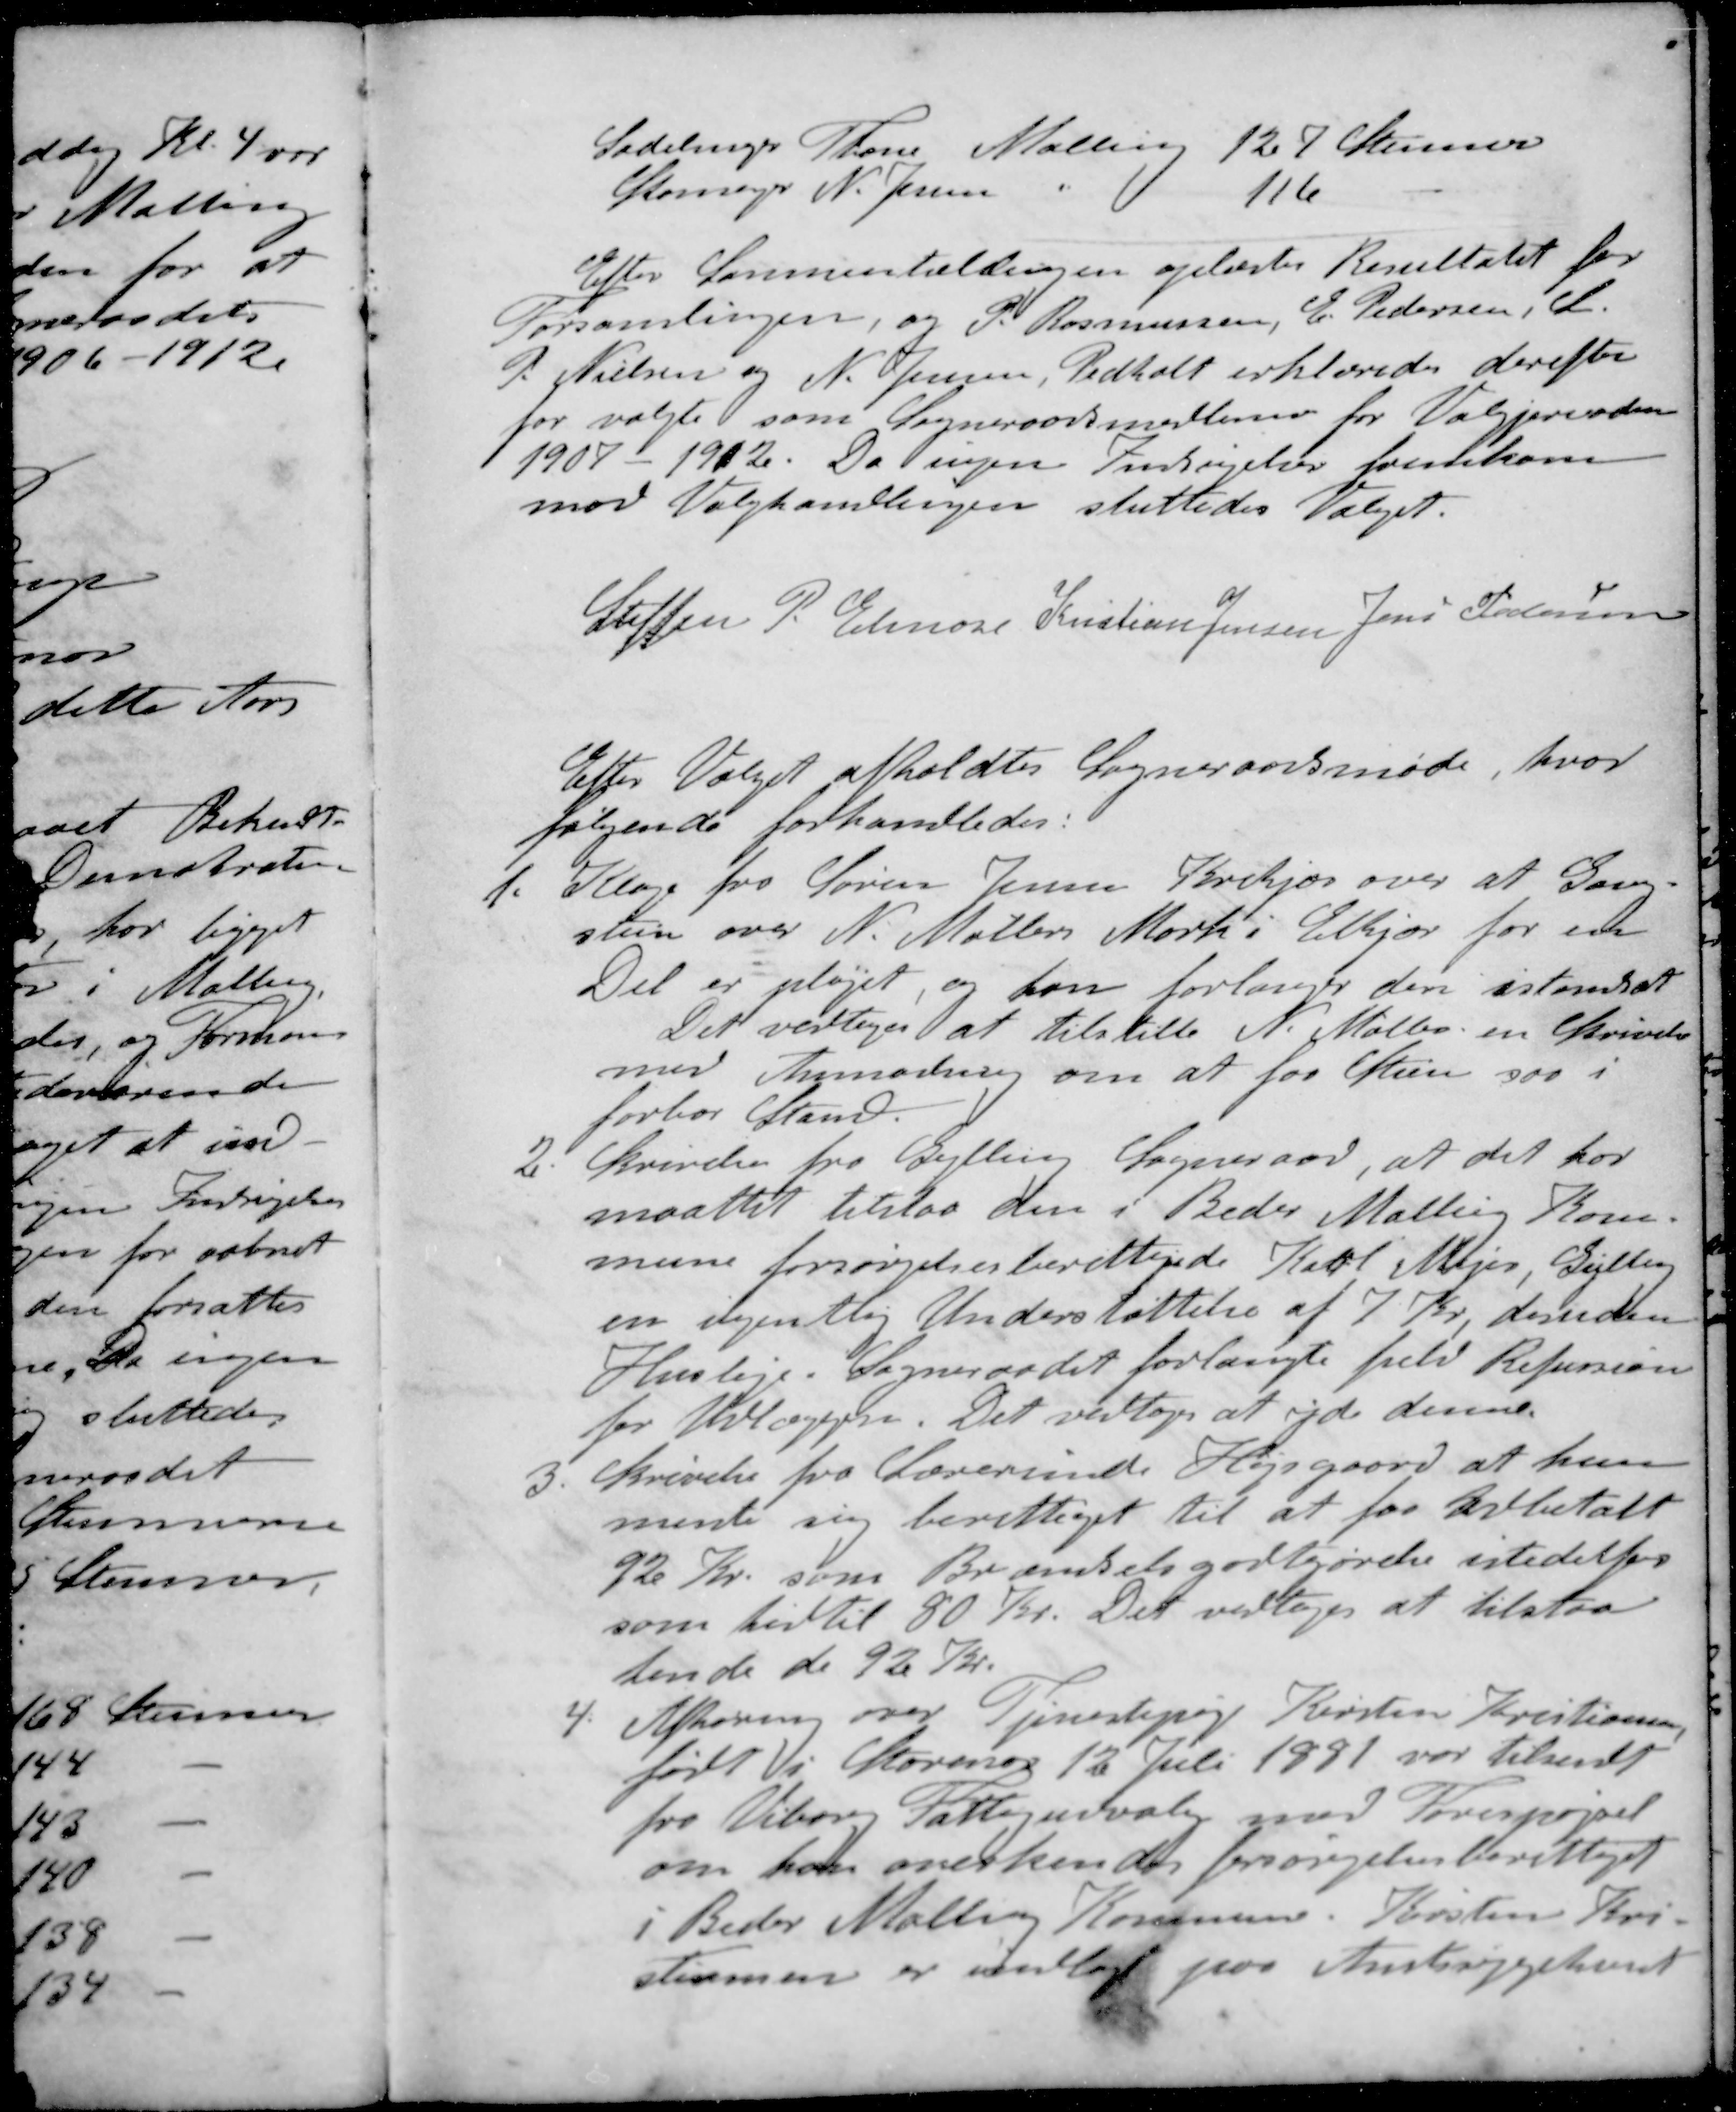
Transskription:
Sadelmgr Thane Malling 127 Stemmer
Skomager N. Jensen " 116 -
Efter Sammentællingen oplæstes Resultatet for
Forsamlingen, og P. Rasmussen, E. Pedersen, S
P. Nielsen og N. Jensen, Pedholt erklæredes derefter
for valgte som Sogneraadsmedlemer for Valgperioden
1907 - 1912. Da ingen Indsigelser fremkom
mod Valghandlingen sluttedes Valget.
Steffen P. Elmose
Kristian Jensen
Jens Pedersen
Efter Valget afholdtes Sogneraadsmøde, hvor
følgende forhandledes:
1. Klage fra Søren Jensen Krekjær over at Gang-
stien over N. Møllers Mark i Elkjær for en
Det er pløjet, og han forlanger den istandsat
Det vedtoges at tilstille N. Møller en Skrivelse
med Anmodning om at faa Stien saa i
forbar Stand
2. Skrivelse fra Gylling Sogneraad, at det har
maattet tilstaa den i Beder Malling Kom-
mune forsørgelsesberettigede Karl Mejer, Gylling
en ugentlig Understøttelse af 7 Kr. desuden
Husleje. Sogneraadet forlangte fuld Refussion
for Udlæggene Det vedtoges at yde denne
3. Skrivelse fra Lærerinde Højsgaard at hun
mente sig berettiget til at faa Udbetalt
92 Kr. som Brændselsgodtgørelse istedetfor
som hidtil 80 Kr. Det vedtoges at tilstaa
tende de 92 Kr.
4. Afhøring over Tjenestepige Kirsten Kristiansen,
født i Storenor 12 Juli 1881 var tilsendt
fra Viborg Fattigudvalg med Forespørgel
om hun anerkendes forsørgelsesberettiget
i Beder Malling Kommune. Kirsten Kri-
stiansen er indlagt paa Amtssygehuset